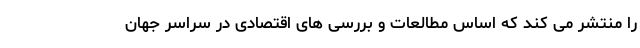
را منتشر می کند که اساس مطالعات و بررسی های اقتصادی در سراسر جهان